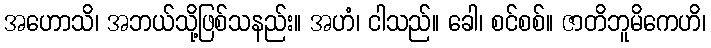
အဟောသိ၊ အဘယ်သို့ဖြစ်သနည်း။ အဟံ၊ ငါသည်။ ခေါ၊ စင်စစ်။ ဇာတိဘူမိကေဟိ၊